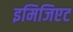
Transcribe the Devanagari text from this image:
इमिजिएट